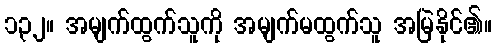
၁၃၂။ အမျက်ထွက်သူကို အမျက်မထွက်သူ အမြဲနိုင်၏။